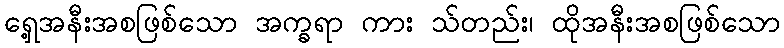
ရှေ့အနီးအစဖြစ်သော အက္ခရာ ကား သ်တည်း၊ ထိုအနီးအစဖြစ်သော